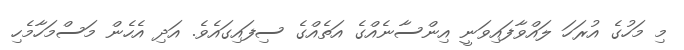
މި މަހުގެ އުރަހަ ލައްވާފައިވަނީ އިންސާނެއްގެ އަތެއްގެ ސިފައިގައެވެ. އަދި އެހެން މަސްމަހާމެހި